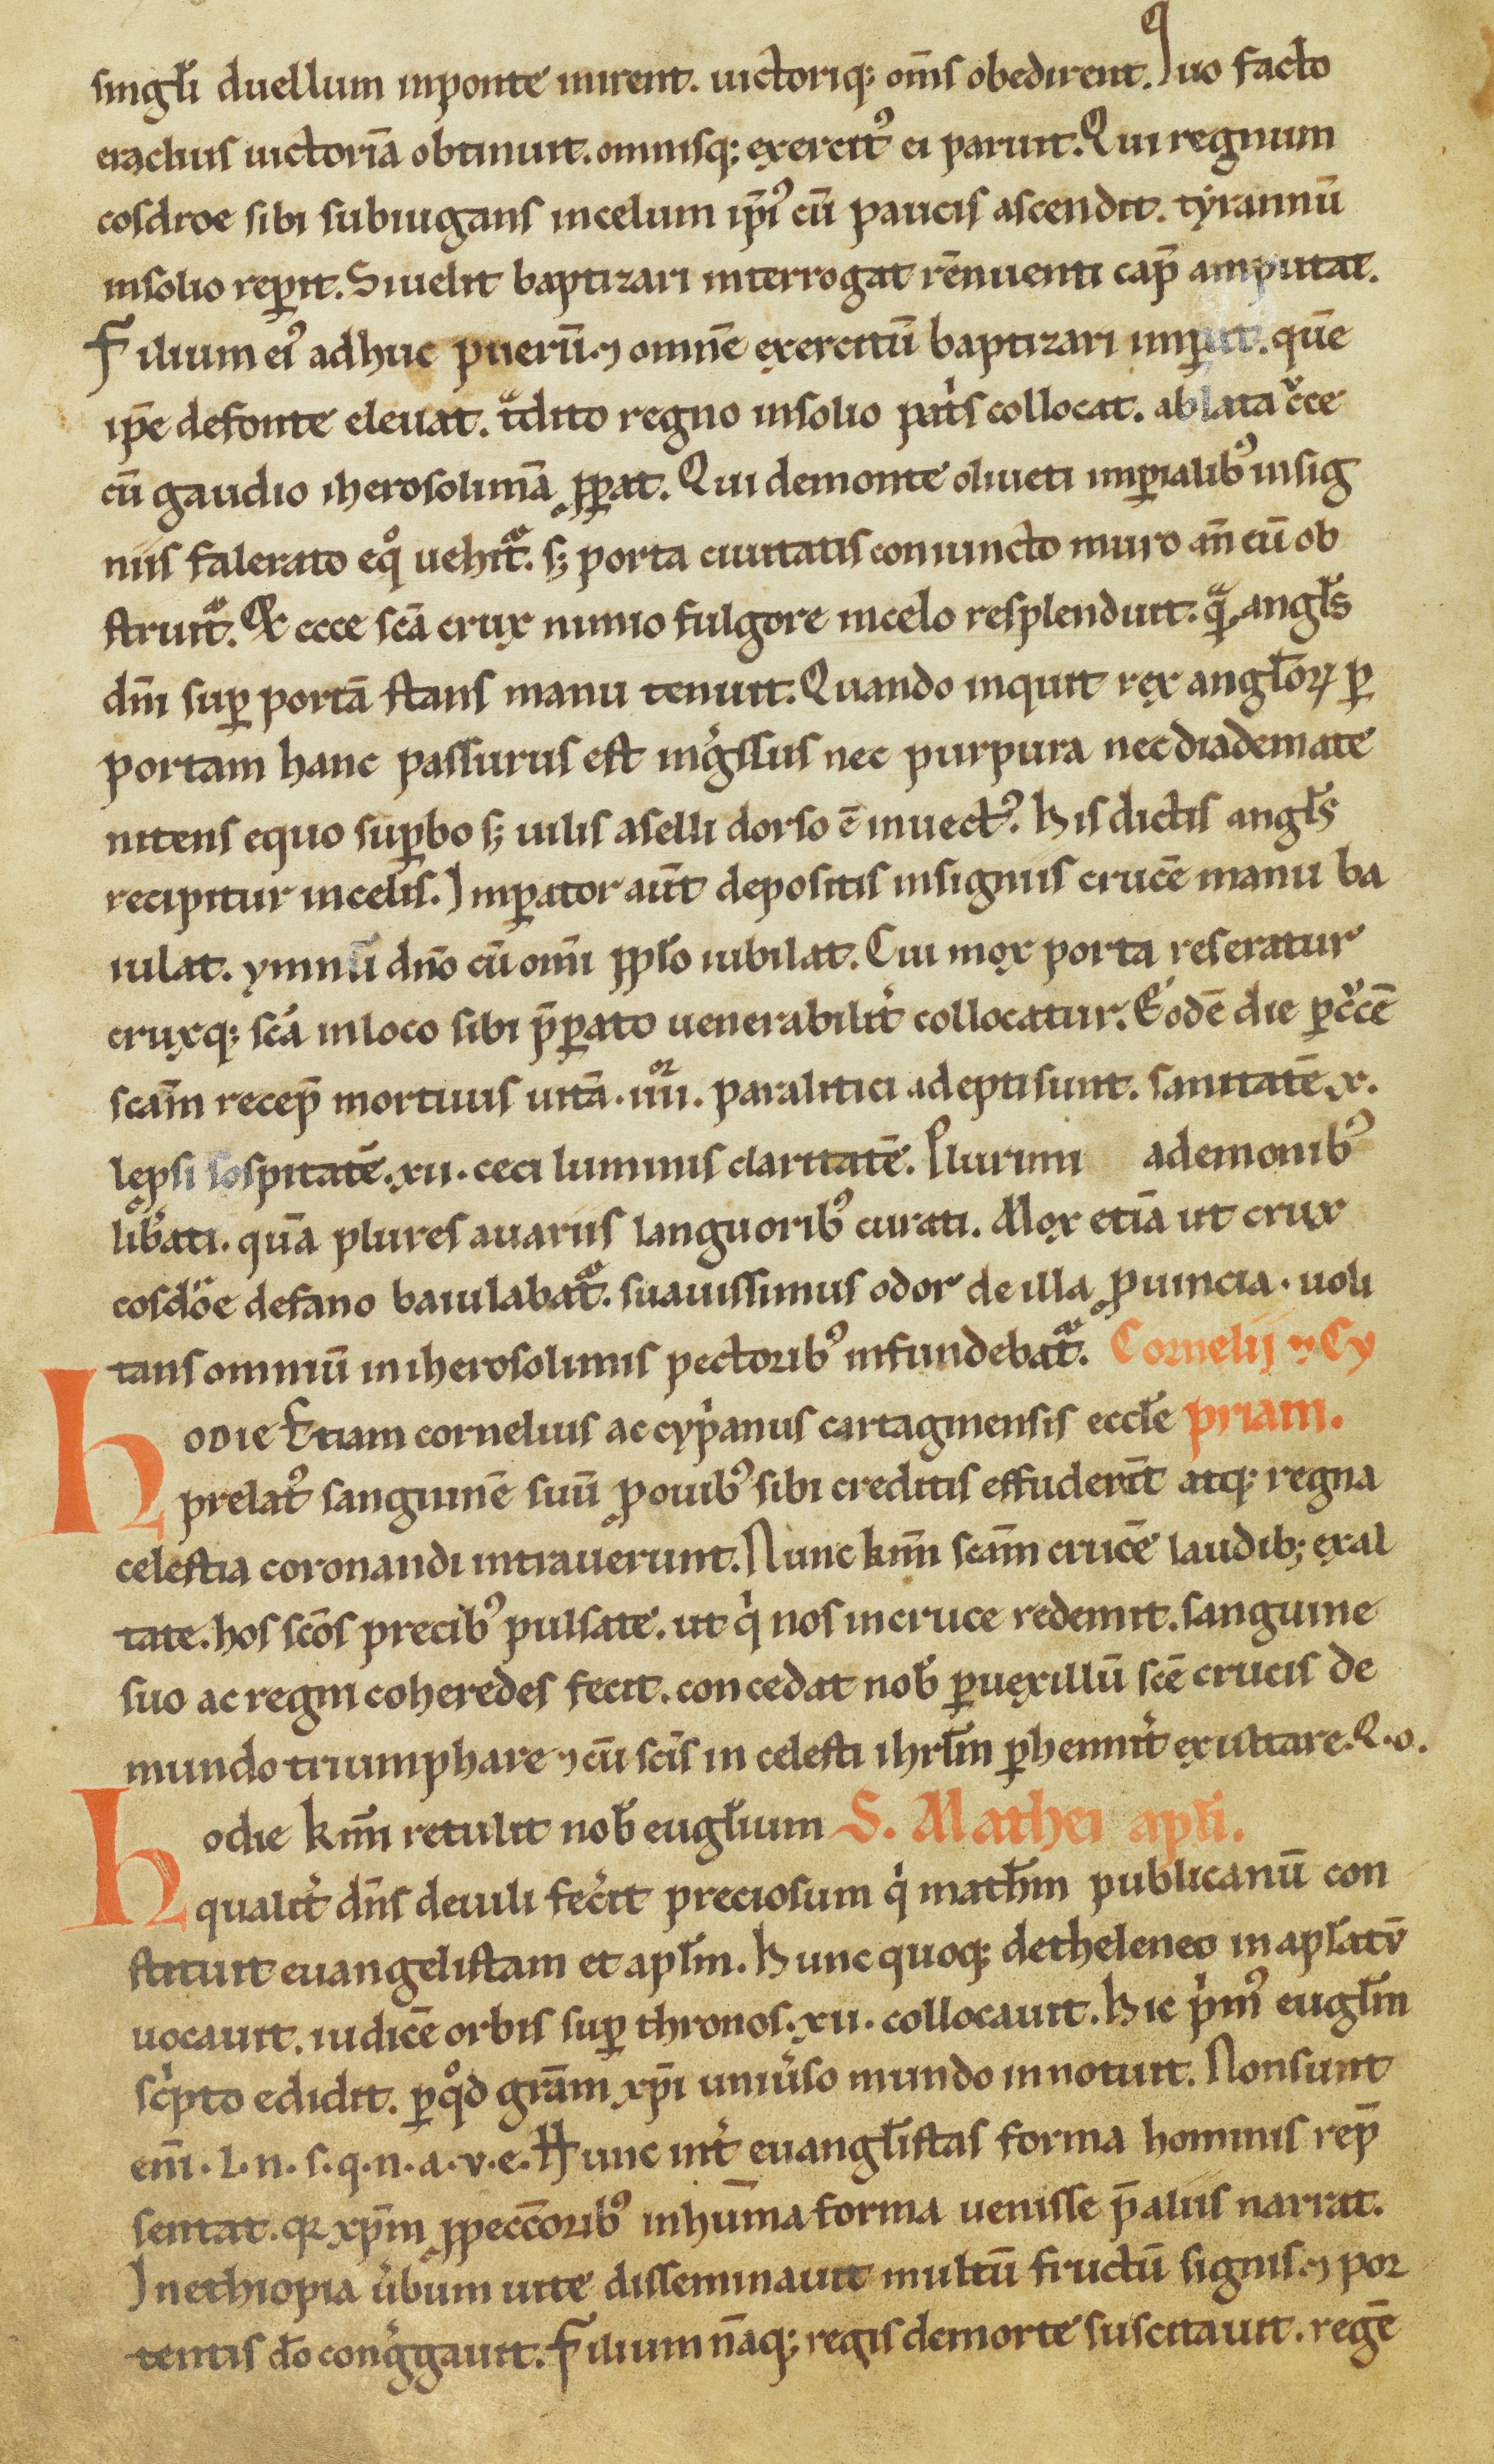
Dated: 1100–1299